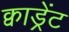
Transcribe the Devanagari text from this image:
क्वाड्रेंट